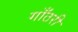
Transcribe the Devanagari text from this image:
गाँठरी